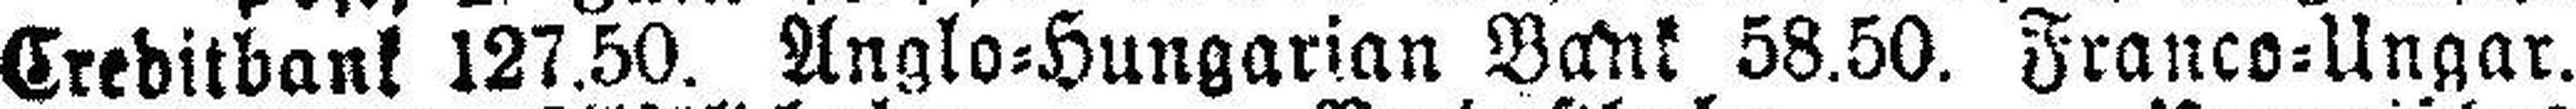
Creditbank 127.50. Anglo=Hungarian Bank 58.50. Franco=Ungar.